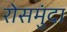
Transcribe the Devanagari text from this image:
रोसमुंदा